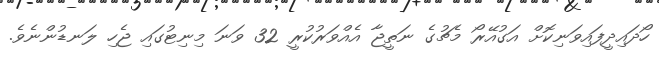
ހޯދައިދީފައިވަނިކޮށް އަގުއޭރޯ މެޗުގެ ނަތީޖާ އެއްވަރުކުރީ 32 ވަނަ މިނިޓުގައި ޖެހި ލަނޑުންނެވެ.